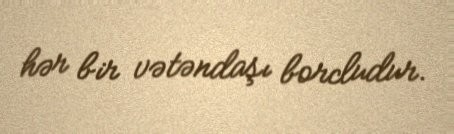
hər bir vətəndaşı borcludur.